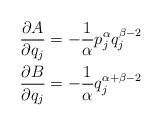
LaTeX: \begin{align*}&\frac{\partial A}{\partial q_{j}}=-\frac{1}{\alpha}p^{\alpha}_{j}q^{\beta-2}_{j}\\&\frac{\partial B}{\partial q_{j}}=-\frac{1}{\alpha}q^{\alpha+\beta-2}_{j}\end{align*}